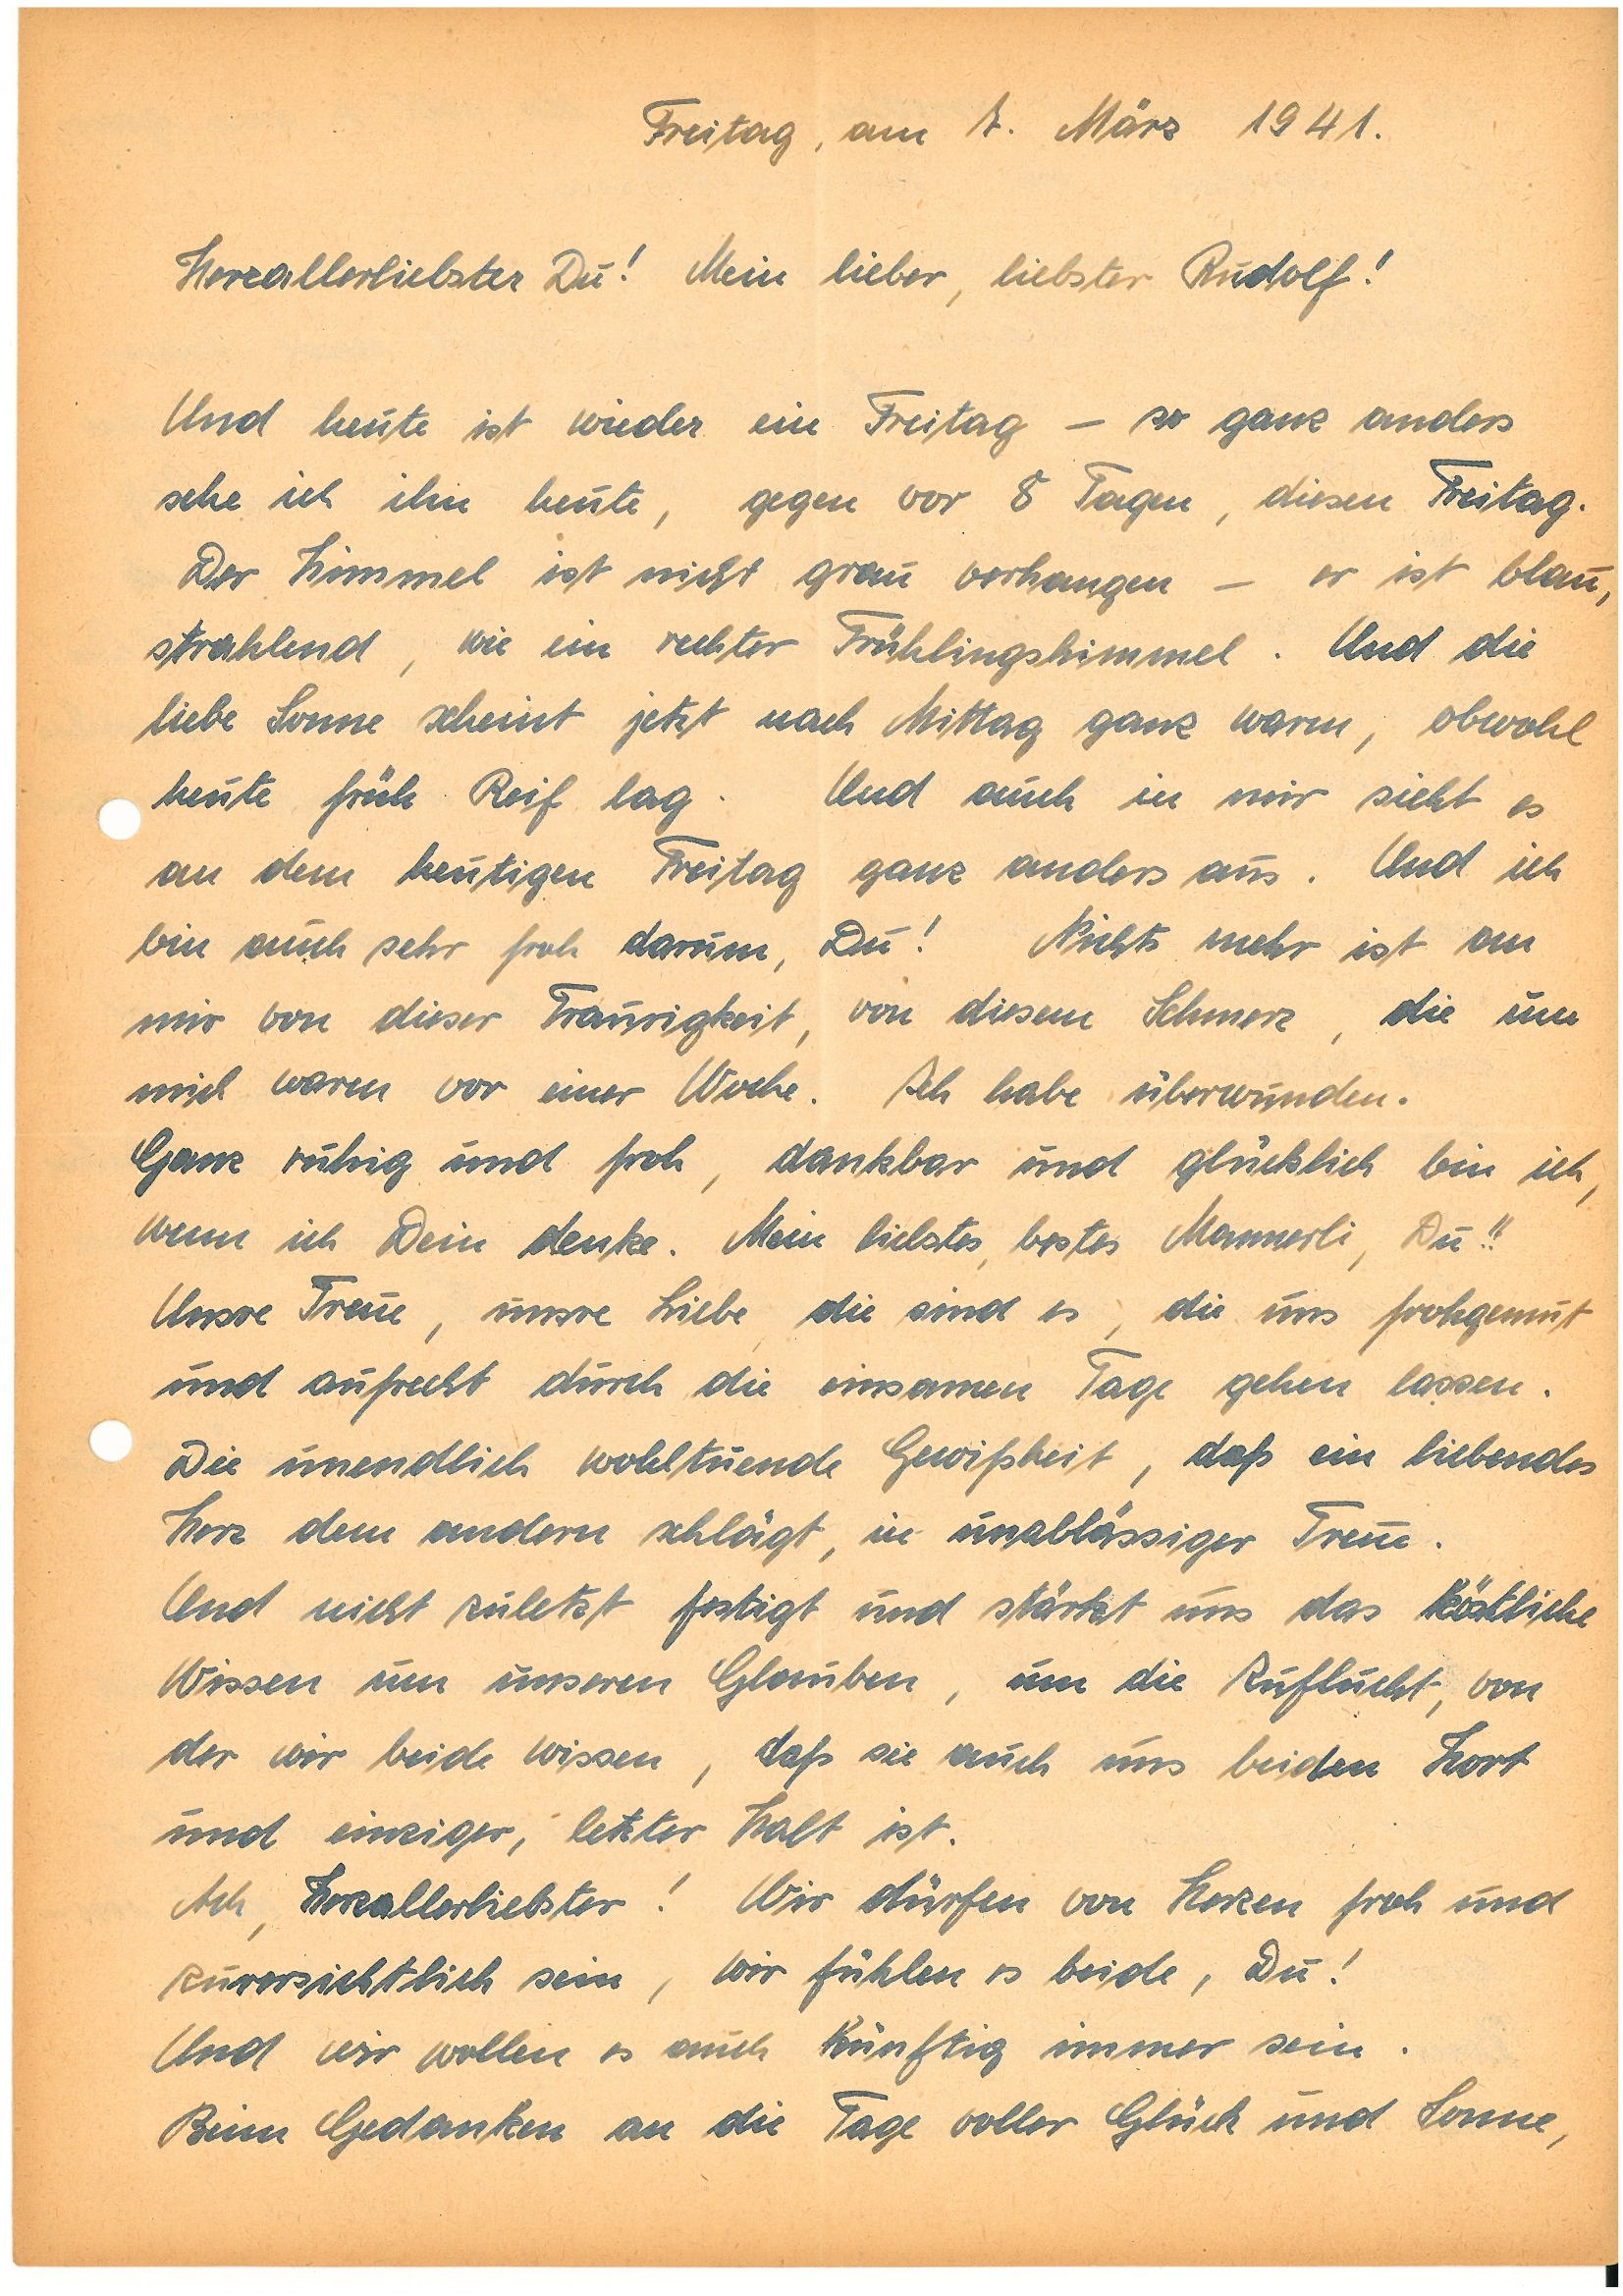
Freitag, am 7. März 1941.
Herzallerliebster Du! Mein lieber, liebster !
Und heute ist wieder ein Freitag – so ganz anders
sehe ich ihn heute, gegen vor 8 Tagen, diesen Freitag.
Der Himmel ist nicht grau verhangen – er ist blau,
strahlend, wie ein rechter Frühlingshimmel. Und die
liebe Sonne scheint jetzt nach Mittag ganz warm, obwohl
heute früh Reif lag. Und auch in mir sieht es
an dem heutigen Freitag ganz anders aus. Und ich
bin auch sehr froh darum, Du! Nichts mehr ist an
mir von dieser Traurigkeit, von diesem Schmerz, die um
mich waren vor einer Woche. Ich habe überwunden.
Ganz ruhig und froh, dankbar und glücklich bin ich,
wenn ich Dein denke. Mein liebstes, bestes Mannerli, Du!!
Unsre Treue, unsre Liebe, die sind es, die uns frohgemut
und aufrecht durch die einsamen Tage gehen lassen.
Die unendlich wohltuende Gewißheit, daß ein liebendes
Herz dem andern schlägt, in unablässiger Treue.
Und nicht zuletzt festigt und stärkt uns das köstliche
Wissen um unseren Glauben, um die Zuflucht, von
der wir beide wissen, daß sie auch uns beiden Hort
und einziger, letzter Halt ist.
Ach, Herzallerliebster! Wir dürfen von Herzen froh und
zuversichtlich sein, wir fühlen es beide, Du!
Und wir wollen es auch künftig immer sein.
Beim Gedanken an die Tage voller Glück und Sonne,